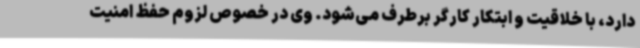
دارد، با خلاقیت و ابتکار کارگر برطرف می‌شود. وی در خصوص لزوم حفظ امنیت